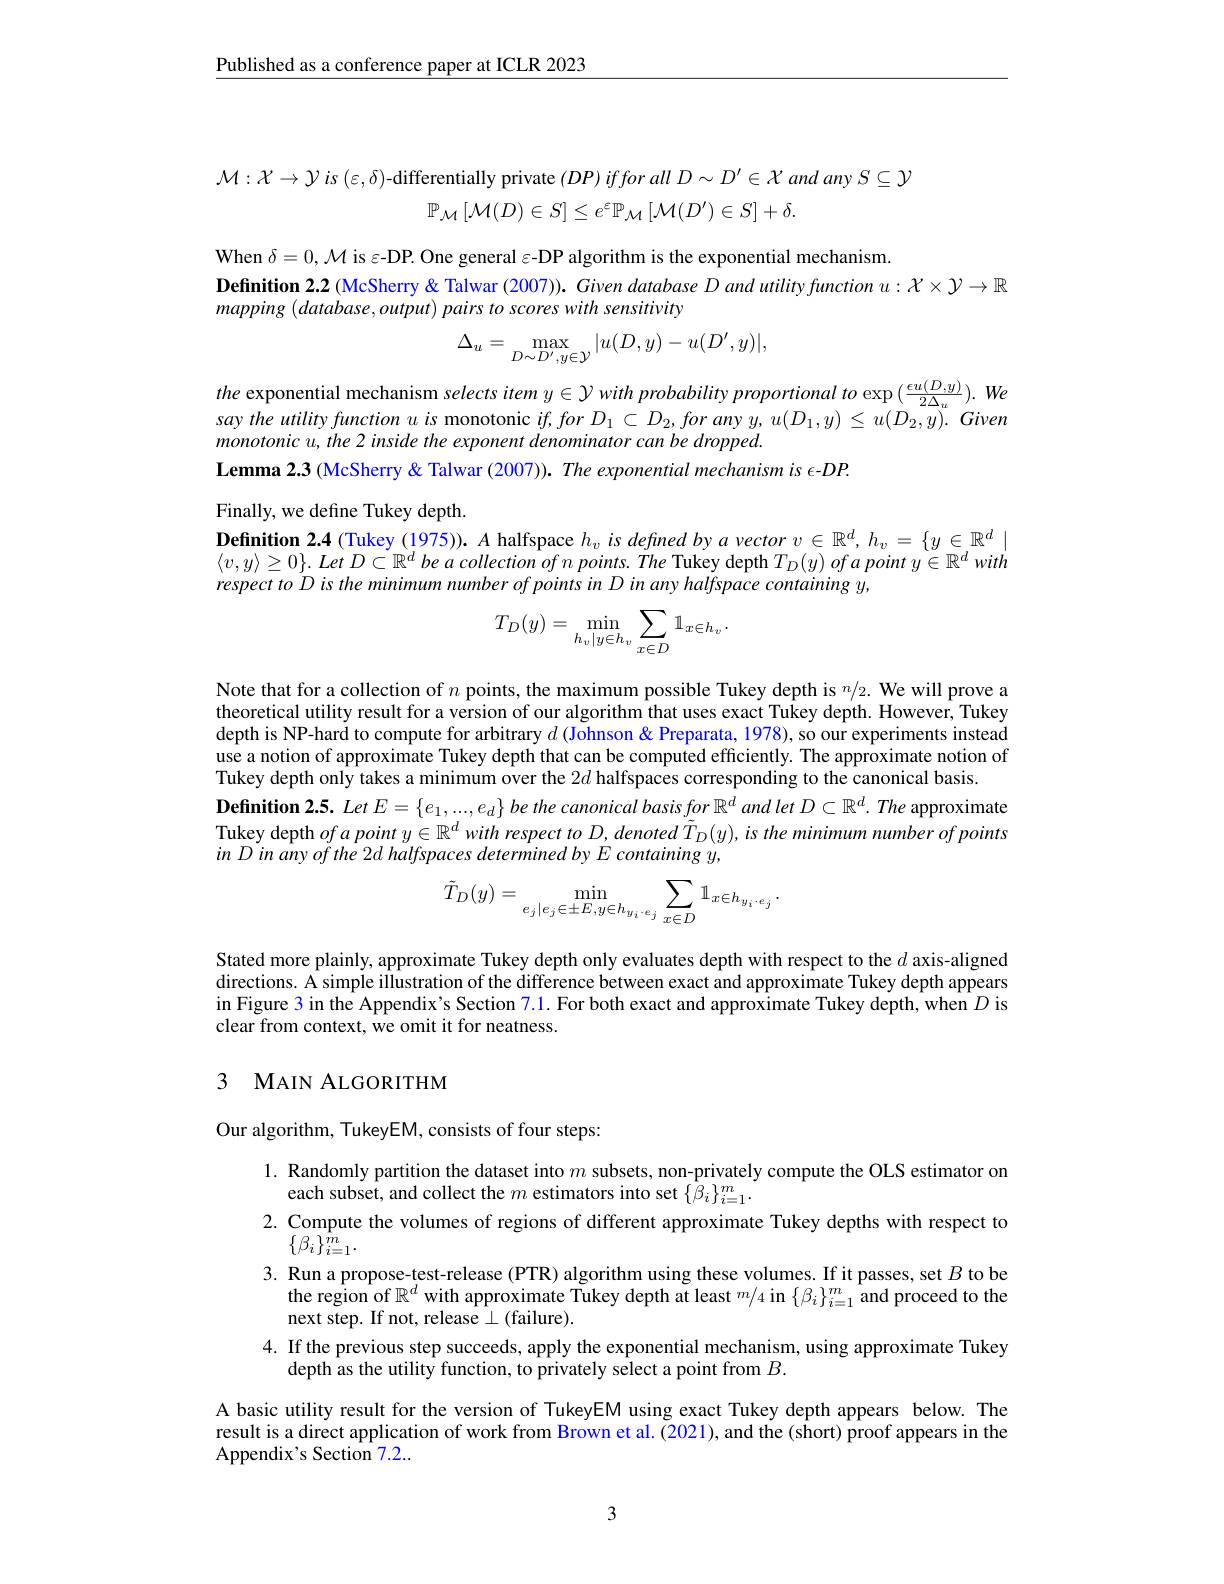
$\underline{\text{Published as a conference paper at ICLR 2023}}$

$\mathcal{M}:\mathcal{X}\to\mathcal{Y}is\left(\varepsilon,\delta\right)$-differentially private $\left ( DP\right ) ifforall$ $D\sim D^{\prime }\in \mathcal{X}$ and any $S\subseteq\mathcal{Y}$
$$\mathbb{P}_{\mathcal{M}}\left[\mathcal{M}(D)\in S\right]\leq e^{\varepsilon}\mathbb{P}_{\mathcal{M}}\left[\mathcal{M}(D^{\prime})\in S\right]+\delta.$$
When $\delta=0,\mathcal{M}$ is $\varepsilon$-DP. One general $\varepsilon$-DP algorithm is the exponential mechanism
Definition 2.2 (McSherry& Talwar (2007)). Given database D and utility function $u:X\times\mathcal{Y}\to\mathbb{R}$
mapping ( database, output) pairs to scores with sensitivity
$$\Delta_{u}=\max_{D\sim D^{\prime},y\in\mathcal{Y}}|u(D,y)-u(D^{\prime},y)|,$$
the exponential mechanism selects item $y\in\mathcal{Y}$ with probability proportional to $\exp(\frac\epsilon u(D,y){2\Delta_u}).$ We saytheutilityfunctionuis monotonic $if,forD_1\subset D_2,foranyy,u(D_1,y)\leq u(D_2,y).$ Given monotonic u, the 2 inside the exponent denominator can be dropped.
Lemma 2.3 (McSherry & Talwar (2007)). The exponential mechanism is $\epsilon$-DP.

Finally, we define Tukey depth.
$\textbf{Definition 2. 4( Tukey ( 1975) ) . A halfspace }h_vis\textit{ defined by a vector v}\in \mathbb{R} ^d, h_v= \{ y\in \mathbb{R} ^d\mid$ $\langle v, y\rangle \geq 0\} . \textit{Let D}\subset \mathbb{R} ^{d}\textit{be a collection of n points. The Tukey depth }T_{D}( y) \textit{of a point }y\in \mathbb{R} ^{d}with$ respect to D is the minimum number of points in D in any halfspace containing y,
$$T_D(y)=\min_{h_v|y\in h_v}\sum_{x\in D}\mathbb{1}_{x\in h_v}.$$
Note that for a collection of $n$ points, the maximum possible Tukey depth is $^n/_2.$ We will prove a theoretical utility result for a version of our algorithm that uses exact Tukey depth. However, Tukey depth is NP-hard to compute for arbitrary $d$ (Johnson & Preparata, 1978), so our experiments instead use a notion of approximate Tukey depth that can be computed efficiently. The approximate notion of Tukey depth only takes a minimum over the $2d$ halfspaces corresponding to the canonical basis.
Definition 2.5. $LetE=\{e_1,...,e_d\}$ be the canonical basis for $\mathbb{R}^d$ and let $D\subset \mathbb{R} ^d. \textit{The approximate}$ Tukey depth $ofapointy\in\mathbb{R}^d$ with respect to D, denoted $\tilde{T}_D(y)$, is the minimum number of points in D in any of the 2d halfspaces determined by E containing $y$,
$$\tilde{T}_{D}(y)=\operatorname*{min}_{e_{j}|e_{j}\in\pm E,y\in h_{y_{i}\cdot e_{j}}}\sum_{x\in D}\mathbb{1}_{x\in h_{y_{i}\cdot e_{j}}}.$$
Stated more plainly, approximate Tukey depth only evaluates depth with respect to the $d$ axis-aligned directions. A simple illustration of the difference between exact and approximate Tukey depth appears in Figure 3 in the Appendix's Section 7.1. For both exact and approximate Tukey depth, when $D$ is clear from context, we omit it for neatness.

## 3 MAIN ALGORITHM

Our algorithm, TukeyEM, consists of four steps:

l. Randomly partition the dataset into $m$ subsets, non-privately compute the OLS estimator on
each subset, and collect the $m$ estimators into set $\{\hat{\beta}_{i}\}_{i=1}^{m}.$
2. Compute the volumes of regions of different a
$\{\beta_{i}\}_{i=1}^{\hat{m}}.$
3. Run a propose-test-release (PTR) algorithm using these volumes. If it passes, set $B$ to be
the region of $\mathbb{R}^d$ with approximate Tukey depth at least $^m/4$ in $\{\beta_i\}_{i=1}^m$ and proceed to the
next step. If not, release $\perp($failure).
4. If the previous step succeeds, apply the exponential mechanism, using approximate Tukey
depth as the utility function, to privately select a point from $B.$
A basic utility result for the version of TukeyEM using exact Tukey depth appears below. The result is a direct application of work from Brown et al. (2021), and the (short) proof appears in the Appendix's Section 7.2...

3